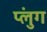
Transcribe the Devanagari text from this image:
प्लुंग